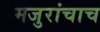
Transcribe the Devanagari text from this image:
मजुरांचाच